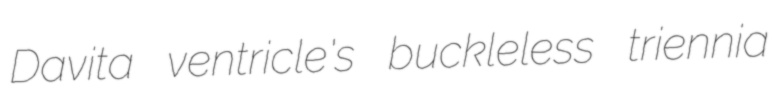
Davita ventricle's buckleless triennia